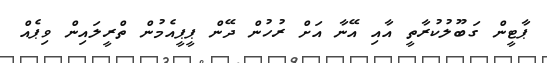
ޕާޓީން ގަބޫލުކުރާތީ އާއި އޭނާ އަށް ރުހުން ދޭން ޕީޕީއެމުން ތްރީލައިން ވިޕެއް